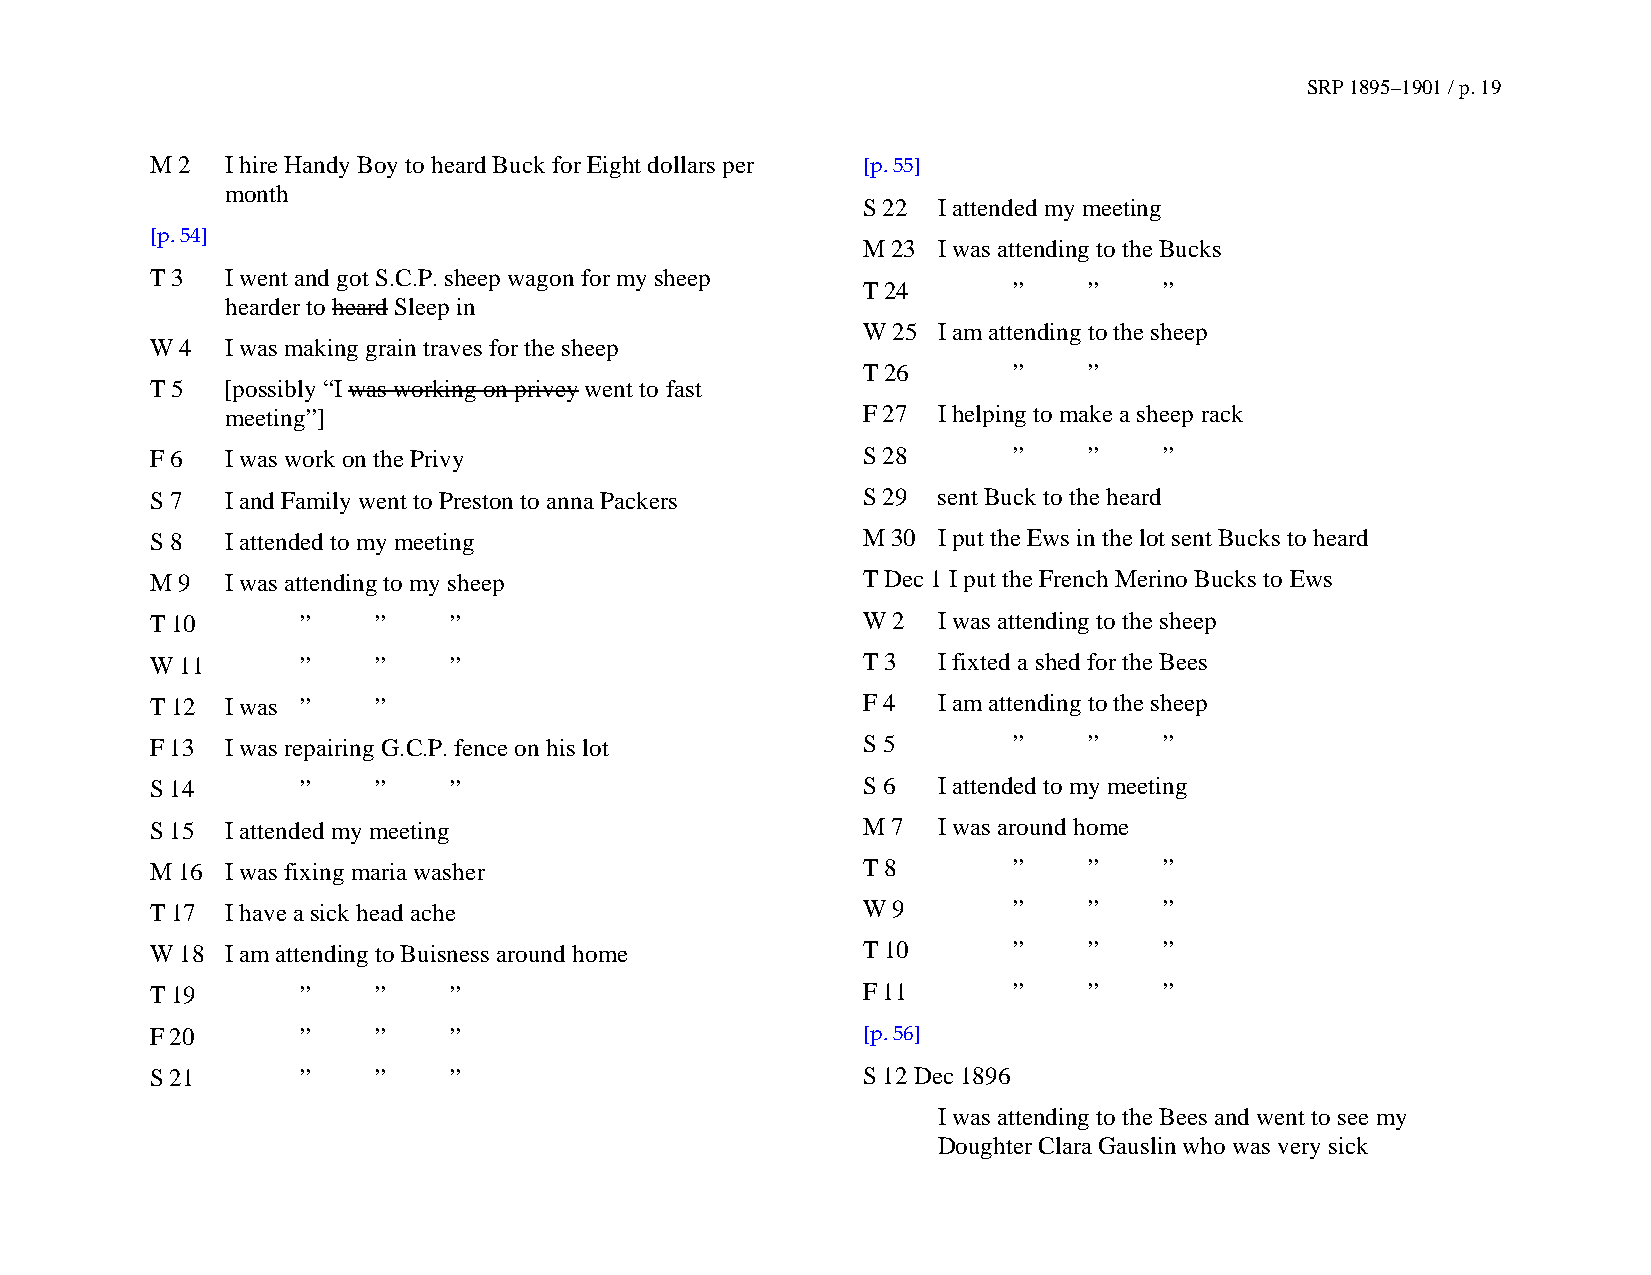
SRP 1895–1901 / p. 19
 M 2  I hire Handy Boy to heard Buck for Eight dollars per [p. 55]
 month
 S 22 I attended my meeting
 [p. 54]
 M 23 I was attending to the Bucks
 T 3  I went and got S.C.P. sheep wagon for my sheep
 T 24      ”    ”    ”
 hearder to heard Sleep in
 W 25 I am attending to the sheep
 W 4  I was making grain traves for the sheep
 T 26      ”    ”
 T 5  [possibly “I was working on privey went to fast
 meeting”]                                 F 27 I helping to make a sheep rack
 F 6  I was work on the Privy                   S 28      ”    ”    ”
 S 7  I and Family went to Preston to anna Packers S 29 sent Buck to the heard
 S 8  I attended to my meeting                  M 30 I put the Ews in the lot sent Bucks to heard
 M 9  I was attending to my sheep               T Dec 1 I put the French Merino Bucks to Ews
 T 10      ”    ”    ”                          W 2  I was attending to the sheep
 W 11      ”    ”    ”                          T 3  I fixted a shed for the Bees
 T 12 I was ”   ”                               F 4  I am attending to the sheep
 F 13 I was repairing G.C.P. fence on his lot   S 5       ”    ”    ”
 S 14      ”    ”    ”                          S 6  I attended to my meeting
 S 15 I attended my meeting                     M 7  I was around home
 M 16 I was fixing maria washer                 T 8       ”    ”    ”
 T 17 I have a sick head ache                   W 9       ”    ”    ”
 W 18 I am attending to Buisness around home    T 10      ”    ”    ”
 T 19      ”    ”    ”                          F 11      ”    ”    ”
 F 20      ”    ”    ”                          [p. 56]
 S 21      ”    ”    ”                          S 12 Dec 1896
 I was attending to the Bees and went to see my
 Doughter Clara Gauslin who was very sick